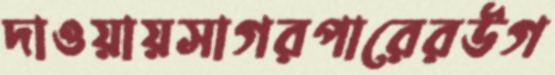
দাওয়ায়সাগরপারেরউগ